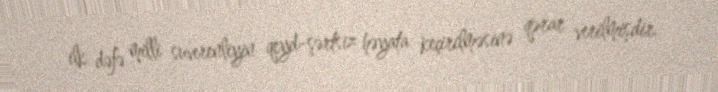
ilk dəfə milli suverenliyin qeyd-şərtsiz həyata keçirilməsinə qərar verilmişdir.